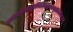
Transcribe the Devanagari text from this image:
पादोस्यविश्वाभूतानित्रिपादस्यामृतन्दिवि॥३॥